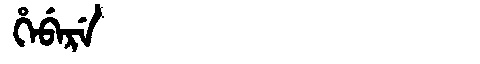
Manchu: ᡥᡝᠪᡝᡵᡝ
Romanization: HEBERE